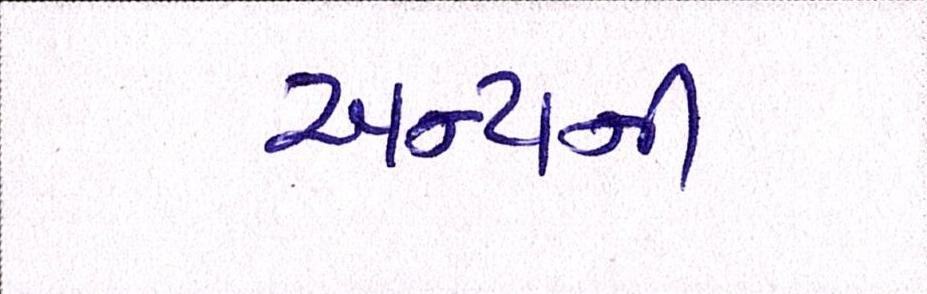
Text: અન્યની